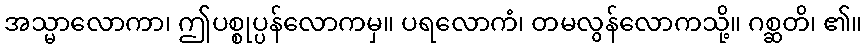
အသ္မာလောကာ၊ ဤပစ္စုပ္ပန်လောကမှ။ ပရလောကံ၊ တမလွန်လောကသို့။ ဂစ္ဆတိ၊ ၏။